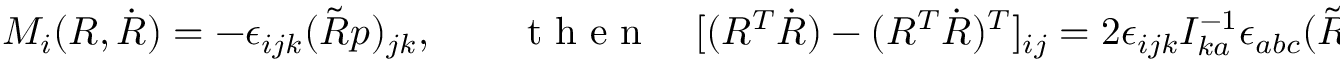
\begin{array} { r } { M _ { i } ( R , \dot { R } ) = - \epsilon _ { i j k } ( \tilde { R } p ) _ { j k } , \qquad \mathrm { ~ t ~ h ~ e ~ n ~ } \quad [ ( R ^ { T } \dot { R } ) - ( R ^ { T } \dot { R } ) ^ { T } ] _ { i j } = 2 \epsilon _ { i j k } I _ { k a } ^ { - 1 } \epsilon _ { a b c } ( \tilde { R } p ) _ { b c } . } \end{array}